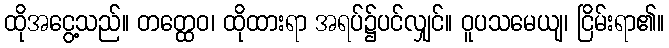
ထိုအငွေ့သည်။ တတ္ထေဝ၊ ထိုထားရာ အရပ်၌ပင်လျှင်။ ဝူပသမေယျ၊ ငြိမ်းရာ၏။